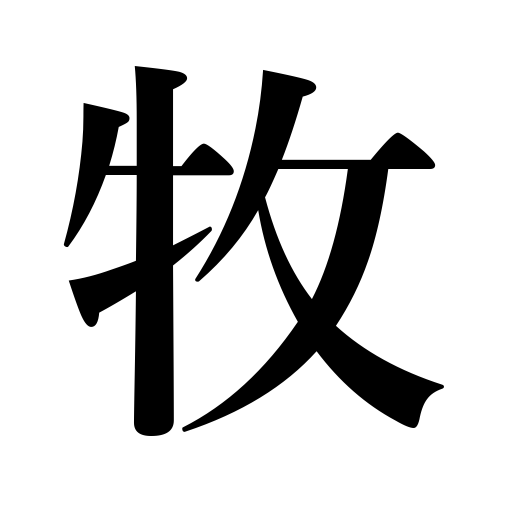
Meanings: pasture,care for,shepherd,feed